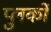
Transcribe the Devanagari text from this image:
प्लुर्कों